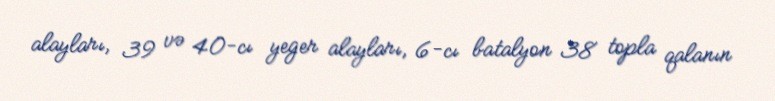
alayları, 39 və 40-cı yeger alayları, 6-cı batalyon 38 topla qalanın